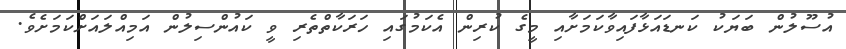
އުސޫލުން ބަޔަކު ކަނޑައަޅާފައިވާކަމަށާއި މީގެ ކުރިން އެކަމުގައި ހަރަކާތްތެރި ވީ ކައުންސިލުން އަމިއްލައަށްކަމަށެވެ.